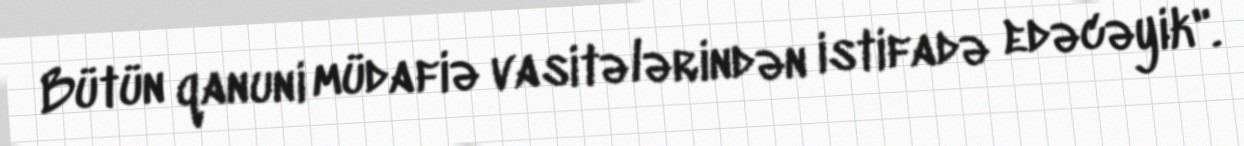
Bütün qanuni müdafiə vasitələrindən istifadə edəcəyik".